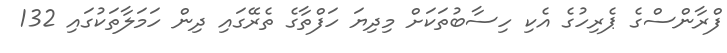
ފްރާންސްގެ ޕެރިހުގެ އެކި ހިސާބުތަކަށް މިދިޔަ ހަފްތާގެ ތެރޭގައި ދިން ހަމަލާތަކުގައި 132